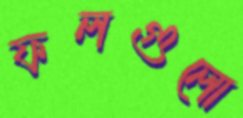
ফলগুলো